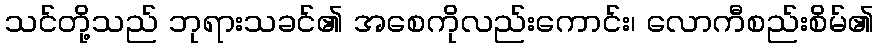
သင်တို့သည် ဘုရားသခင်၏ အစေကိုလည်းကောင်း၊ လောကီစည်းစိမ်၏